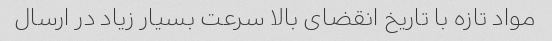
مواد تازه با تاریخ انقضای بالا سرعت بسیار زیاد در ارسال